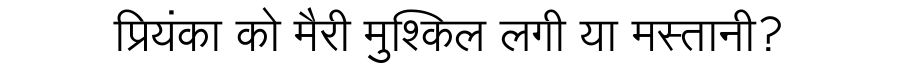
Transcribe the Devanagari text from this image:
प्रियंका को मैरी मुश्किल लगी या मस्तानी?